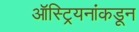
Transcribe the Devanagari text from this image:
ऑस्ट्रियनांकडून